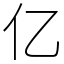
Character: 亿